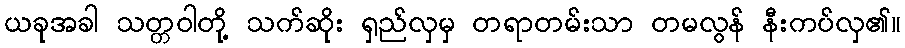
ယခုအခါ သတ္တဝါတို့ သက်ဆိုး ရှည်လှမှ တရာတမ်းသာ တမလွန် နီးကပ်လှ၏။